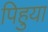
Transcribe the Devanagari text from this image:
पिहुया